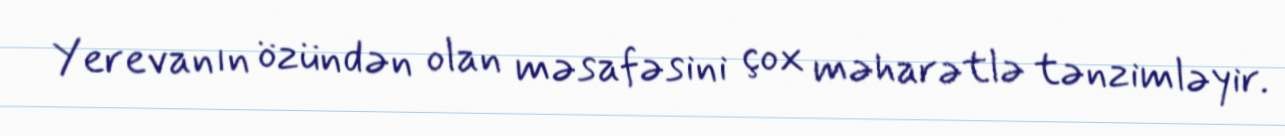
Yerevanın özündən olan məsafəsini çox məharətlə tənzimləyir.